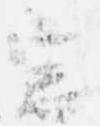
窓